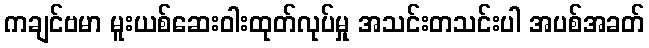
ကချင်ဗမာ မူးယစ်ဆေးဝါးထုတ်လုပ်မှု အသင်းတသင်းပါ အပစ်အခတ်